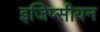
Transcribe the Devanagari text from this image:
इजिप्सीयन